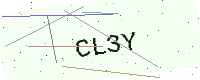
Text: CL3Y